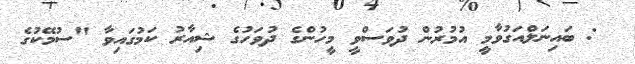
@: ބައިނަލްއަގުވާމީ އުމުރުން ދުވަސްވީ މީހުންގެ ދުވަހުގެ ޝިއާރު ކަމުގައިވާ "ސުމޭކުގެ